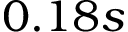
0 . 1 8 s